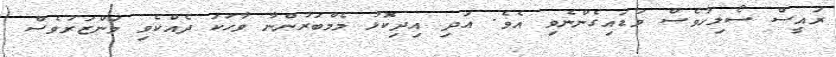
ރައީސް ސޯލިހުވެސް ވަޑައިގެންނެވި އެވެ. އަދި އިދިކޮޅު މެމްބަރުންނާ ވާހަކަ ދެއްކެވި މަންޒަރުވެސް